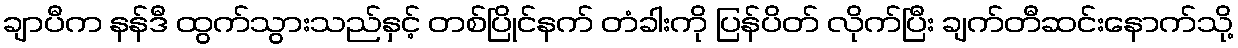
ချာပီက နန်ဒီ ထွက်သွားသည်နှင့် တစ်ပြိုင်နက် တံခါးကို ပြန်ပိတ် လိုက်ပြီး ချက်တီဆင်းနောက်သို့